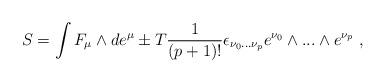
LaTeX: \begin{align*}S=\int F_{\mu }\wedge de^{\mu }\pm T\frac{1}{(p+1)!}\epsilon _{\nu_{0}...\nu _{p}}e^{\nu _{0}}\wedge ...\wedge e^{\nu _{p}}\ ,\end{align*}